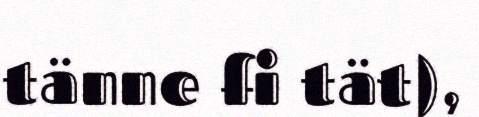
tänne fi tät),